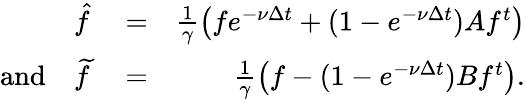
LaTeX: \begin{array}{rlr}{\hat{f}}&{{}=}&{\frac{1}{\gamma}\left(fe^{-\nu\Delta t}+(1-e^{-\nu\Delta t})Af^{t}\right)}\\ {\textrm{and}\quad\widetilde{f}}&{{}=}&{\frac{1}{\gamma}\left(f-(1-e^{-\nu\Delta t})Bf^{t}\right).}\end{array}